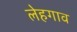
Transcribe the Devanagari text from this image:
लेहगाव